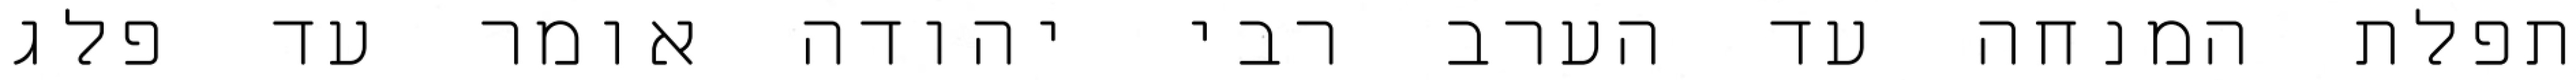
תפלת המנחה עד הערב רבי יהודה אומר עד פלג